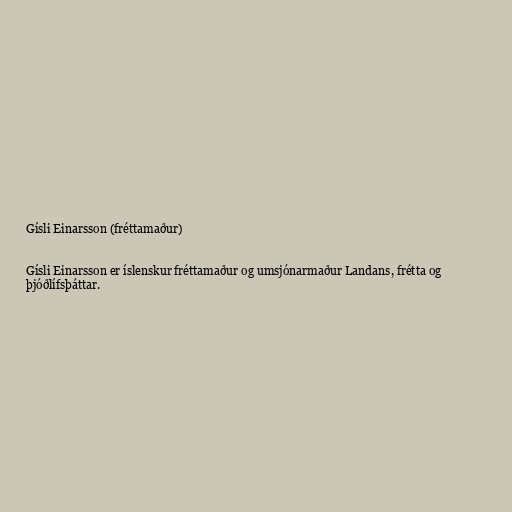
Gísli Einarsson (fréttamaður)

Gísli Einarsson er íslenskur fréttamaður og umsjónarmaður Landans, frétta og
þjóðlífsþáttar.